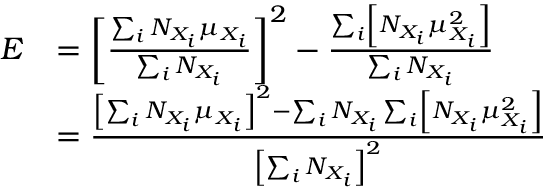
{ \begin{array} { r l } { E } & { = \left[ { \frac { \sum _ { i } N _ { X _ { i } } \mu _ { X _ { i } } } { \sum _ { i } N _ { X _ { i } } } } \right] ^ { 2 } - { \frac { \sum _ { i } \left[ N _ { X _ { i } } \mu _ { X _ { i } } ^ { 2 } \right] } { \sum _ { i } N _ { X _ { i } } } } } \\ & { = { \frac { \left[ \sum _ { i } N _ { X _ { i } } \mu _ { X _ { i } } \right] ^ { 2 } - \sum _ { i } N _ { X _ { i } } \sum _ { i } \left[ N _ { X _ { i } } \mu _ { X _ { i } } ^ { 2 } \right] } { \left[ \sum _ { i } N _ { X _ { i } } \right] ^ { 2 } } } } \end{array} }